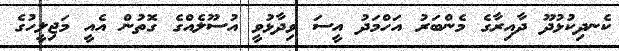
ކެނދިކުޅުދޫ ދާއިރާގެ މެންބަރު އަހްމަދު އީސަ ވިދާޅުވީ އުސޫލެއްގެ ގޮތުން އެއީ މަޖިލީހުގެ